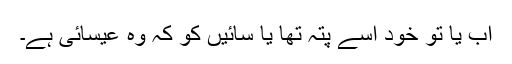
اب یا تو خود اسے پتہ تھا یا سائیں کو کہ وہ عیسائی ہے۔